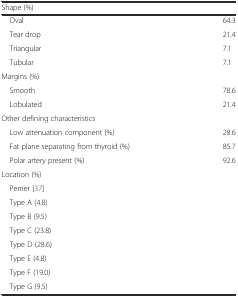
| <COLSPAN=2> Shape (%) |
 | --- | --- |
 | Oval | 64.3 |
 | Tear drop | 21.4 |
 | Triangular | 7.1 |
 | Tubular | 7.1 |
 | <COLSPAN=2> Margins (%) |
 | Smooth | 78.6 |
 | Lobulated | 21.4 |
 | <COLSPAN=2> Other defining characteristics |
 | Low attenuation component (%) | 28.6 |
 | Fat plane separating from thyroid (%) | 85.7 |
 | Polar artery present (%) | 92.6 |
 | <COLSPAN=2> Location (%) |
 | <COLSPAN=2> Perrier [37] |
 | <COLSPAN=2> Type A (4.8) |
 | <COLSPAN=2> Type B (9.5) |
 | <COLSPAN=2> Type C (23.8) |
 | <COLSPAN=2> Type D (28.6) |
 | <COLSPAN=2> Type E (4.8) |
 | <COLSPAN=2> Type F (19.0) |
 | <COLSPAN=2> Type G (9.5) |